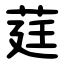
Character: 莛